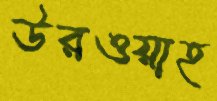
উরওয়াহ